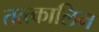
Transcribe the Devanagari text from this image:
तत्त्कालिन